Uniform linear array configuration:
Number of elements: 64
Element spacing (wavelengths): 0.75
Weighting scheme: hann
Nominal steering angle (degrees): -30
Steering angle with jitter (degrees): -29.476
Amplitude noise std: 0.05
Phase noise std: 0.05

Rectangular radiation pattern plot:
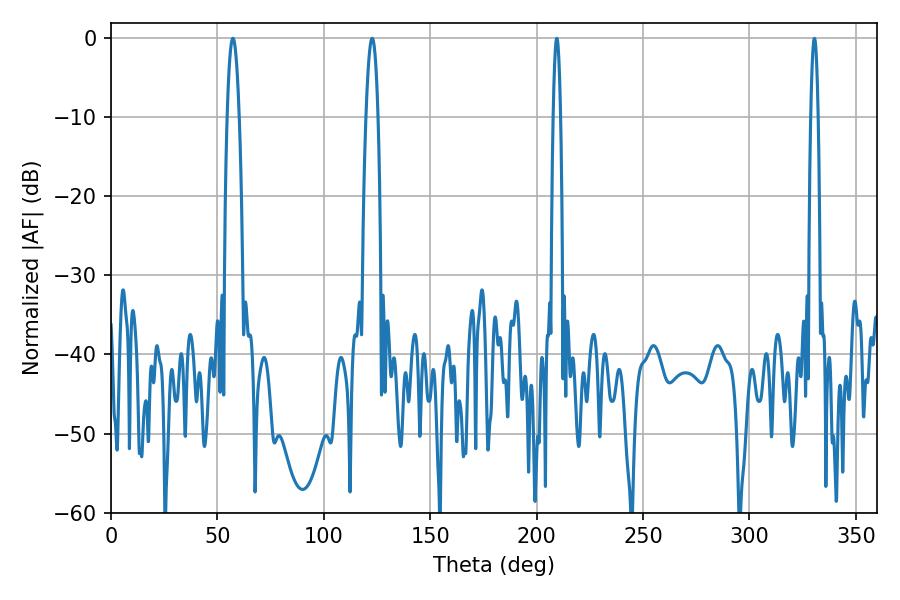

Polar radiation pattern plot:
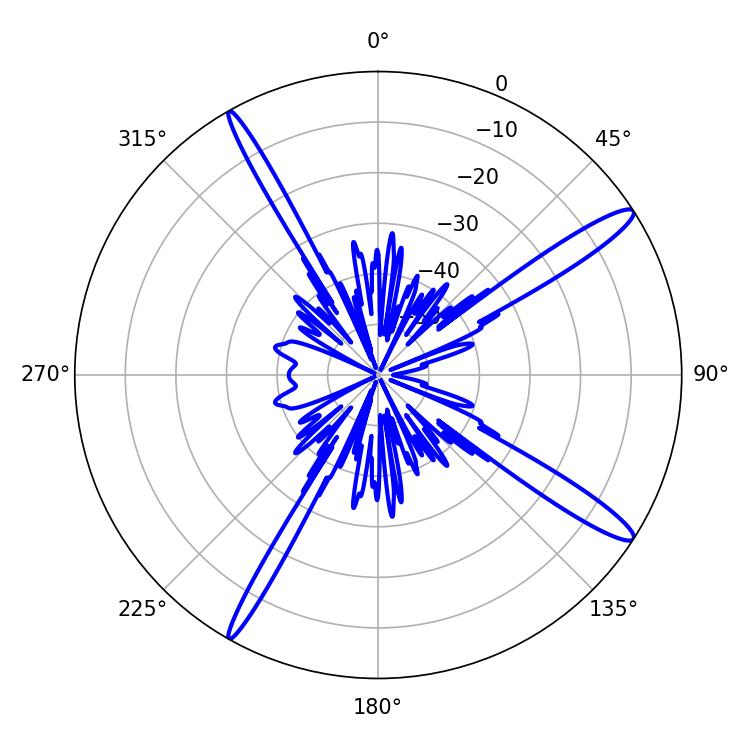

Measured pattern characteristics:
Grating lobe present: TRUE
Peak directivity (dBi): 14.97
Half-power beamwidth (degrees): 3.06
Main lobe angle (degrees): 57.24